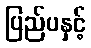
ပြည်ပနှင့်